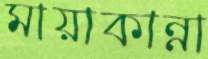
মায়াকান্না